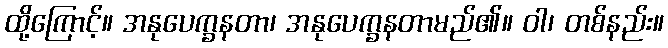
ထို့ကြောင့်။ အနုပေက္ခနတာ၊ အနုပေက္ခနတာမည်၏။ ဝါ၊ တစ်နည်း။